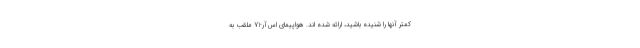
کمتر آنها را شنیده باشید، ارائه شده اند. هواپیمای اس‌آر-71 ملقب به